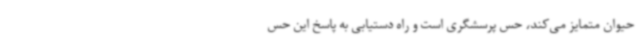
حیوان متمایز می‌کند، حس پرسشگری است و راه دستیابی به پاسخ این حس